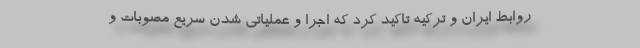
روابط ایران و ترکیه تاکید کرد که اجرا و عملیاتی شدن سریع مصوبات و